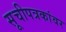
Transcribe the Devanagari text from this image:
सूचीपत्रकांवर